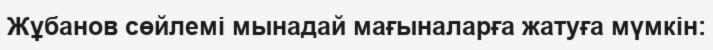
Жұбанов сөйлемі мынадай мағыналарға жатуға мүмкін: